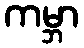
ကမ္ဘာ